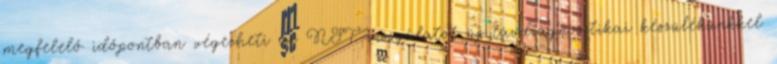
megfelelő időpontban végezheti az NST vizsgálatot új távdiagnosztikai készülékünkkel